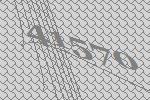
41570